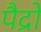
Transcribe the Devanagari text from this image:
पैद्रो